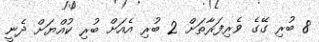
8 ބުރި ގޭގެ ވެރިފަރާތަށް 2 ބުރި އެއަށް ބުރި ކުއްޔަށް ދެނީ